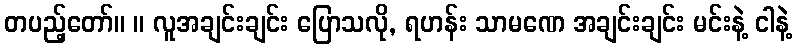
တပည့်တော်။ ။ လူအချင်းချင်း ပြောသလို, ရဟန်း သာမဏေ အချင်းချင်း မင်းနဲ့ ငါနဲ့